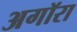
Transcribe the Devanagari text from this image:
अगॉरा